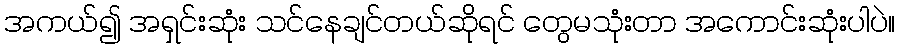
အကယ်၍ အရှင်းဆုံး သင်နေချင်တယ်ဆိုရင် တွေမသုံးတာ အကောင်းဆုံးပါပဲ။